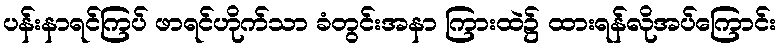
ပန်းနာရင်ကြပ် ဖာရင်ဟိုက်သာ ခံတွင်းအနာ ကြားထဲ၌ ထားရန်လိုအပ်ကြောင်း